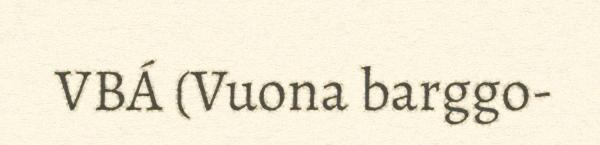
VBÁ (Vuona barggo-